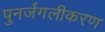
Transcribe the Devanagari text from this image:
पुनर्जंगलीकरण